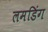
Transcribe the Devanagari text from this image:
लमडिंग